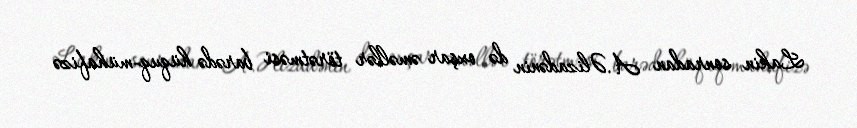
Lakin sonradan A.Əlizadənin də oxşar əməllər törətməsi barədə hüquq-mühafizə